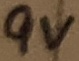
Text: 9V